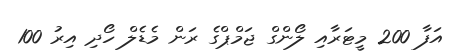
އަފާ 200 މީޓަރާއި ލޯންގް ޖަމްޕްގެ ރަން މެޑެލް ހޯދި އިރު 100